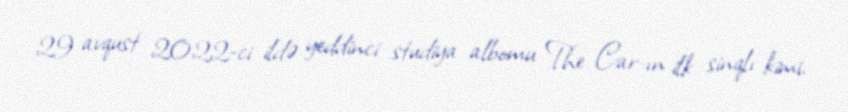
29 avqust 2022-ci ildə yeddinci studiya albomu The Car-ın ilk sinqlı kimi,